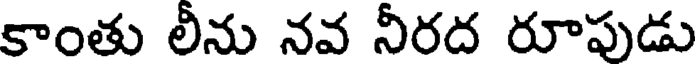
కాంతు లీను నవ నీరద రూపుడు